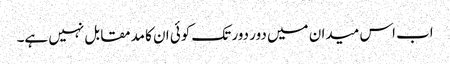
اب اس میدان میں دور دور تک کوئی ان کا مدمقابل نہیں ہے۔